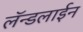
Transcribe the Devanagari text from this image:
लॅन्डलाईन